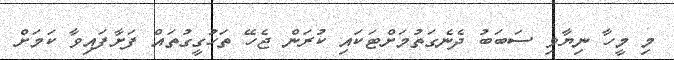
މި މީހާ ނިޔާވި ސަބަބު ދެނެގަތުމަށްޓަކައި ކުރަން ޖެހޭ ތަހުގީގުތައް ފަށާފައިވާ ކަމަށް